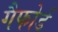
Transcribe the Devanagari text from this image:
गैफोर्ड